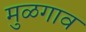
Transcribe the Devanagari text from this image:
मुळगाव